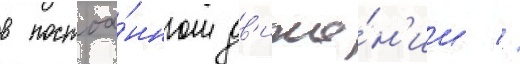
в постоа́нном дв'иже́н'ии //